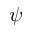
\psi